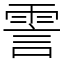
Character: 霅